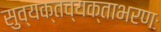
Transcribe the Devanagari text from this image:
सुव्यक्तव्यक्ताभरणः